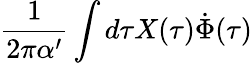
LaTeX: \frac{1}{2\pi\alpha^{\prime}}\int d\tau X(\tau)\dot{\Phi}(\tau)